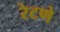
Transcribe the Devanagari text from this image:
रेटणे